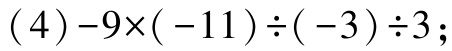
\((4)-9\times(-11)\div(-3)\div3\)